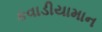
કવાડીયામાન